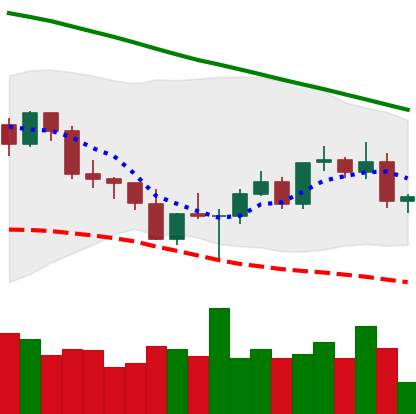
Ticker: ETC-USD
Chart end date: 2022-03-05
Forward return: -4.116%
Label: down_3_5